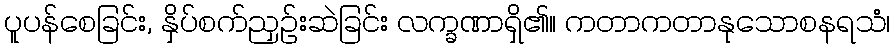
ပူပန်စေခြင်း, နှိပ်စက်ညှဉ်းဆဲခြင်း လက္ခဏာရှိ၏။ ကတာကတာနုသောစနရသံ၊